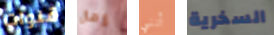
قنوات رمال أنني السخرية